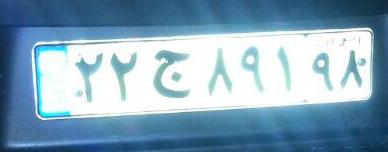
۲۲ج۸۹۱۹۸